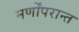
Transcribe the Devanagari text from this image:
मर्णोंपरान्त